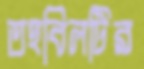
তহবিলটির